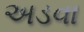
અડવા